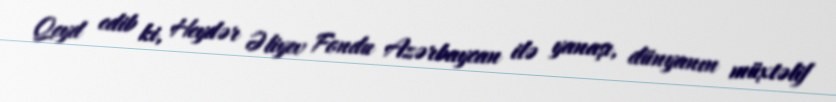
Qeyd edib ki, Heydər Əliyev Fondu Azərbaycan ilə yanaşı, dünyanın müxtəlif